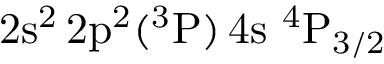
\mathrm { 2 s ^ { 2 } \, 2 p ^ { 2 } ( ^ { 3 } P ) \, 4 s ~ ^ { 4 } P _ { 3 / 2 } }